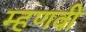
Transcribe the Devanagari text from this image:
म्हणवी